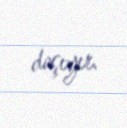
daşıyır.